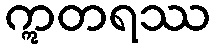
ဣတရဿ